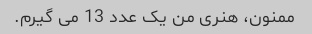
ممنون، هنری من یک عدد 13 می گیرم.